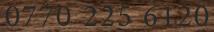
0770 225 6120